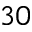
3 0